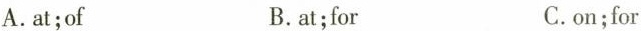
A.at;of B.at;for C.on;for